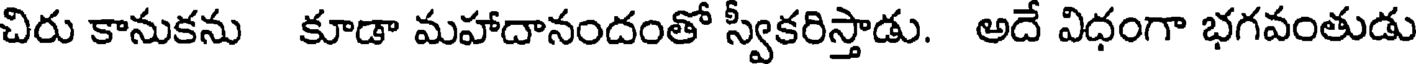
చిరు కానుకను కూడా మహాదానందంతో స్వీకరిస్తాడు. అదే విధంగా భగవంతుడు